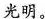
光明。